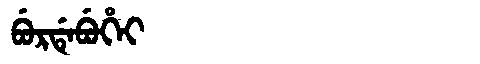
Manchu: ᠪᡠᡵᡩᡝᠪᡠᡥᡝᡳ
Romanization: BURDEBUHEI